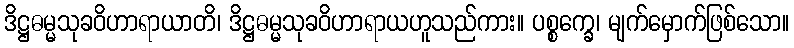
ဒိဋ္ဌဓမ္မသုခဝိဟာရာယာတိ၊ ဒိဋ္ဌဓမ္မသုခဝိဟာရာယဟူသည်ကား။ ပစ္စက္ခေ၊ မျက်မှောက်ဖြစ်သော။